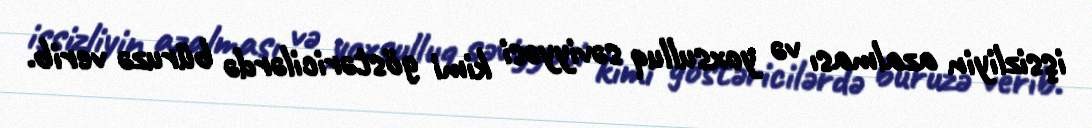
işsizliyin azalması və yoxsulluq səviyyəsi kimi göstəricilərdə büruzə verib.